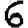
Digit: 6